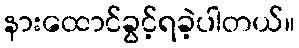
နားထောင်ခွင့်ရခဲ့ပါတယ်။